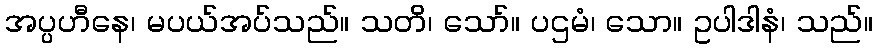
အပ္ပဟီနေ၊ မပယ်အပ်သည်။ သတိ၊ သော်။ ပဌမံ၊ သော။ ဥပါဒါနံ၊ သည်။